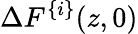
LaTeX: \Delta F^{\{ i\} }(z,0)